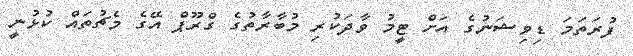
ފުރަތަމަ ޑިވިޝަނުގެ އަށް ޓީމު ވާދަކުރި މުބާރާތުގެ ގްރޫޕް އޭގެ މެޗުތައް ކުޅުނީ